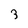
Character: 3